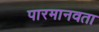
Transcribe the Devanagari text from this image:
पारमानवता